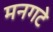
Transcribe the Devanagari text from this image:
मनगटे